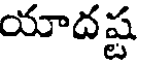
యాదష్ట